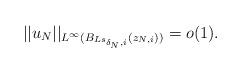
LaTeX: \begin{align*}||u_N||_{L^\infty(B_{Ls_{\delta_N,i}}(z_{N,i}))}=o(1).\end{align*}